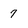
Character: 7